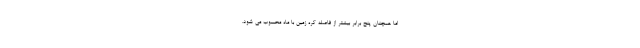
اما همچنان پنج برابر بیشتر از فاصله کره زمین با ماه محسوب می شود.